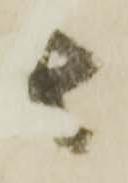
者